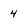
Character: 4